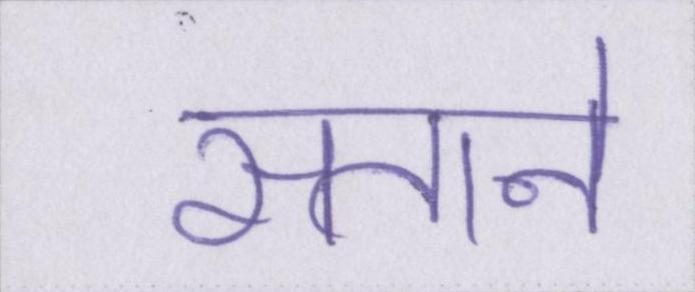
सताने